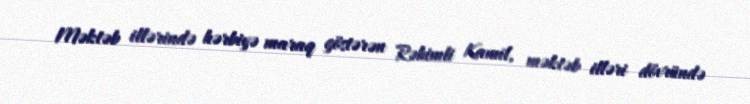
Məktəb illərində hərbiyə maraq göstərən Rəhimli Kamil, məktəb illəri dövründə